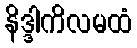
နိဒ္ဒါကိလမထံ